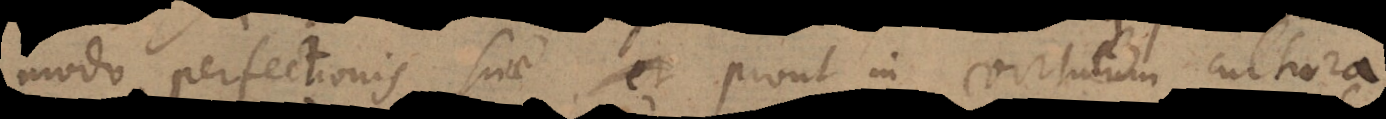
modo perfectionis suae, prout in virtutum cultura